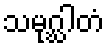
သမုဂ္ဃါတံ